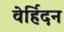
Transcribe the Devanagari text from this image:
वेर्हिदन